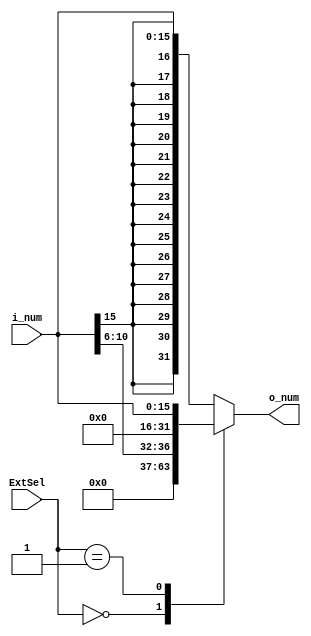
module SignExtend(i_num, ExtSel, o_num);
  input [15:0] i_num;
  input [1:0] ExtSel;
  output reg[31:0] o_num;
  initial begin
    o_num = 0;
  end
  always @(i_num or ExtSel) begin
     case(ExtSel)
        // ExtSel Ϊ00ʱsaλչ
        2'b00: o_num <= {{27{0}}, i_num[10:6]};
        // ExtSel Ϊ01ʱ޷չ
        2'b01: o_num <= {{16{0}}, i_num[15:0]};
        // ExtSel Ϊ10ʱзչ
        2'b10: o_num <= {{16{i_num[15]}}, i_num[15:0]};
        // Ĭзչ
        default: o_num <= {{16{i_num[15]}}, i_num[15:0]}; // ĬϷչ
    endcase
  end
endmodule